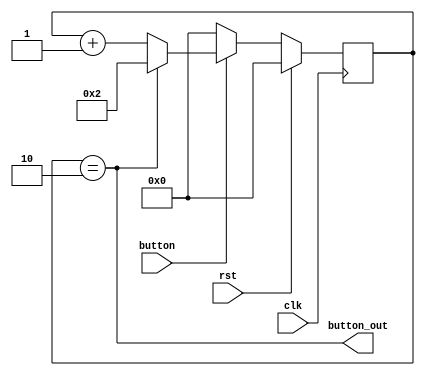
module debounce #(parameter N=2) (clk, rst, button, button_out);
input clk;
input rst;
input button;
output button_out;
reg  [17:0] counter;
wire [17:0] counter_nxt;
wire full;

assign full = (counter == N);
assign counter_nxt = (button) ? (~full ? counter + {{17{1'b0}}, 1'b1} : (N)) : {18{1'b0}};
assign button_out = full;

always @(posedge clk) begin
    if (rst) counter <= {18{1'b0}};
    else     counter <= counter_nxt;
end

endmodule